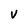
Character: V